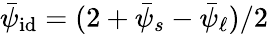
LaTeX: \bar{\psi}_{\mathrm{id}}=(2+\bar{\psi}_{s}-\bar{\psi}_{\ell})/2